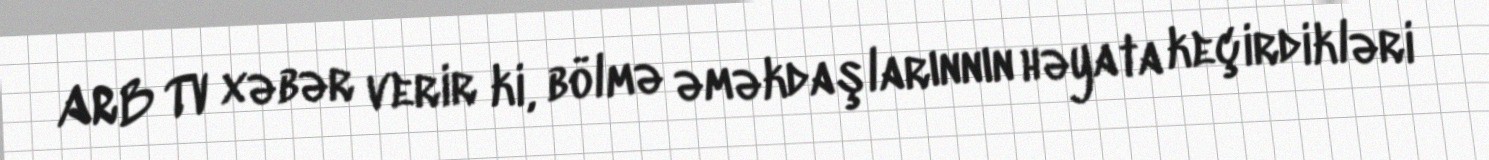
ARB TV xəbər verir ki, bölmə əməkdaşlarınnın həyata keçirdikləri